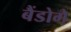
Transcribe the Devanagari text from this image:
बैंडोगे